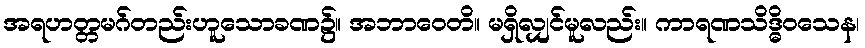
အရဟတ္တမဂ်တည်းဟူသောခဏ၌။ အဘာဝေတိ။ မရှိလျှင်မူလည်း။ ကာရဏသိဒ္ဓိဝသေန၊